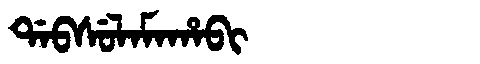
Manchu: ᡩᠠᠪᠰᡠᠯᠠᠮᠠᡥᠠᠪᡳ
Romanization: DABSULAMAHABI